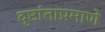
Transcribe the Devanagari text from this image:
दृष्टांताप्रमाणे